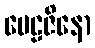
မေဠဇိနော